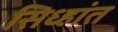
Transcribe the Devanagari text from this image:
सिध्हांत